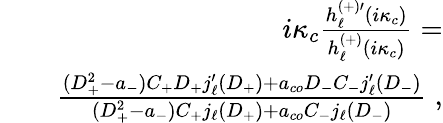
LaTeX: \begin{array}{rlr}&{}&{i\kappa_{c}\frac{h_{\ell}^{(+)\prime}(i\kappa_{c})}{h_{\ell}^{(+)}(i\kappa_{c})}=}\\ &{}&{\frac{(D_{+}^{2}-a_{-})C_{+}D_{+}j_{\ell}^{\prime}(D_{+})+a_{co}D_{-}C_{-}j_{\ell}^{\prime}(D_{-})}{(D_{+}^{2}-a_{-})C_{+}j_{\ell}(D_{+})+a_{co}C_{-}j_{\ell}(D_{-})}\; ,}\end{array}